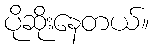
ပိုဆိုးနေတယ်။